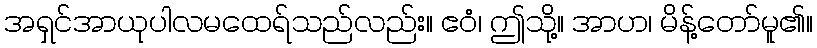
အရှင်အာယုပါလမထေရ်သည်လည်း။ ဧဝံ၊ ဤသို့။ အာဟ၊ မိန့်တော်မူ၏။